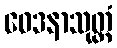
ဝေဒနာသုတ္တံ